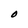
Character: O